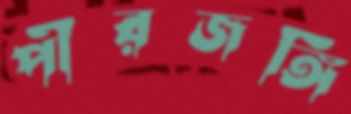
পীরজঙ্গি